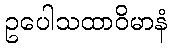
ဥပေါသထာဝိမာနံ